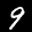
Label: 9